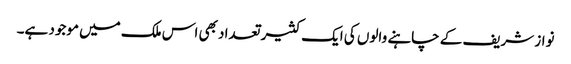
نواز شریف کے چاہنے والوں کی ایک کثیر تعداد بھی اس ملک میں موجود ہے۔